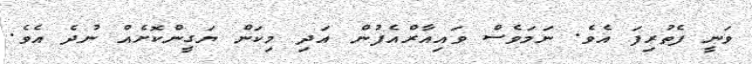
ވަނީ ފެތުރިފަ އެވެ. ނަމަވެސް ވައިއާރްއެފުން އަދި މިކަން ޔަގީންކޮށެއް ނުދެ އެވެ.